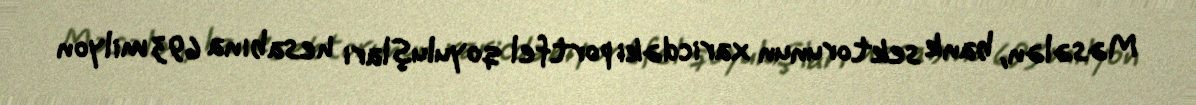
Məsələn, bank sektorunun xaricdəki portfel qoyuluşları hesabına 693 milyon